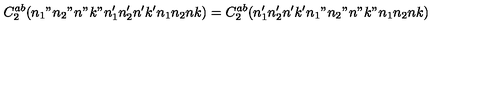
C _ { 2 } ^ { a b } ( n _ { 1 } " n _ { 2 } " n " k " n _ { 1 } ^ { \prime } n _ { 2 } ^ { \prime } n ^ { \prime } k ^ { \prime } n _ { 1 } n _ { 2 } n k ) = C _ { 2 } ^ { a b } ( n _ { 1 } ^ { \prime } n _ { 2 } ^ { \prime } n ^ { \prime } k ^ { \prime } n _ { 1 } " n _ { 2 } " n " k " n _ { 1 } n _ { 2 } n k )